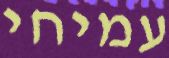
עמיחי